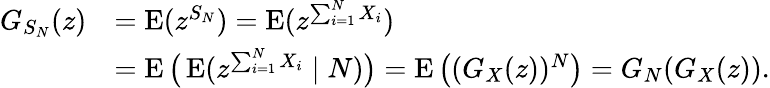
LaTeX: {\begin{array}{rl}{G_{S_{N}}(z)}&{=\operatorname{E}(z^{S_{N}})=\operatorname{E}(z^{\sum_{i=1}^{N}X_{i}})}\\ &{=\operatorname{E}{\big(}\operatorname{E}(z^{\sum_{i=1}^{N}X_{i}}\mid N){\big)}=\operatorname{E}{\big(}(G_{X}(z))^{N}{\big)}=G_{N}(G_{X}(z)).}\end{array}}